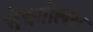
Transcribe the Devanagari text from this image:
नेत्रगोलस